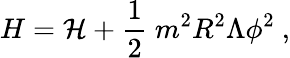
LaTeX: H={\cal H}+\frac{1}{2}\ m^{2}R^{2}\Lambda\phi^{2}\ ,